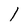
Character: 1